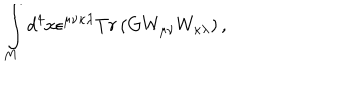
\int _ { M } d ^ { 4 } x \epsilon ^ { \mu \nu \kappa \lambda } T r \left( G W _ { \mu \nu } W _ { \kappa \lambda } \right) ,